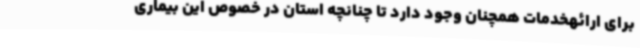
برای ارائهخدمات همچنان وجود دارد تا چنانچه استان در خصوص این بیماری